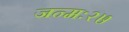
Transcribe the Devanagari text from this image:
जन्मः२७